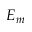
E _ { m }